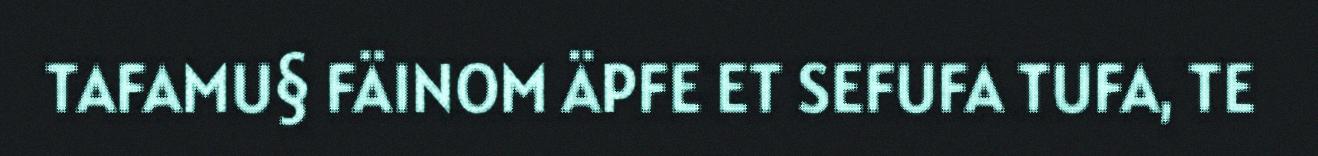
TAFAMU§ FÄINOM ÄPFE ET SEFUFA TUFA, TE